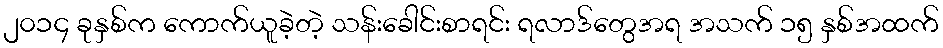
၂၀၁၄ ခုနှစ်က ကောက်ယူခဲ့တဲ့ သန်းခေါင်းစာရင်း ရလာဒ်တွေအရ အသက် ၁၅ နှစ်အထက်